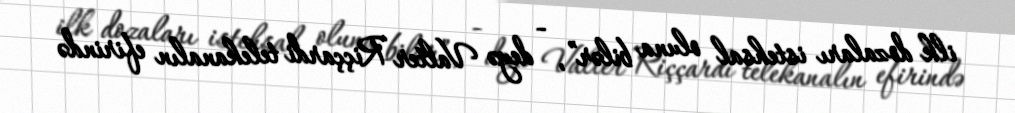
ilk dozaları istehsal oluna bilər”, - deyə Valter Riççardi telekanalın efirində